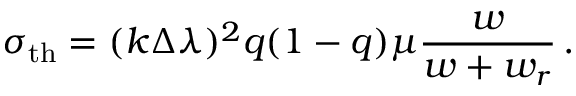
\sigma _ { \mathrm { t h } } = ( k \Delta \lambda ) ^ { 2 } q ( 1 - q ) \mu \frac { w } { w + w _ { r } } \, .